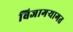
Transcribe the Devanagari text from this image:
बिजागऱ्यागत